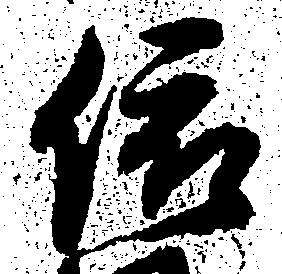
依